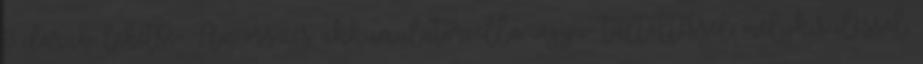
8 darab lehetsé- Az összes akkumulátorcella „agyá- túltöltéssel, mélykisüléssel,